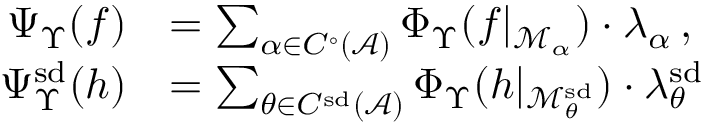
\begin{array} { r l } { \Psi _ { \Upsilon } ( f ) } & { = \sum _ { \alpha \in C ^ { \circ } ( \mathcal { A } ) } \Phi _ { \Upsilon } ( f | _ { \mathcal { M } _ { \alpha } } ) \cdot \lambda _ { \alpha } \, , } \\ { \Psi _ { \Upsilon } ^ { \smash { \mathrm { s d } } } ( h ) } & { = \sum _ { \theta \in C ^ { \smash { \mathrm { s d } } } ( \mathcal { A } ) \vphantom { ^ 0 } } \Phi _ { \Upsilon } ( h | _ { \mathcal { M } _ { \theta } ^ { \smash { \mathrm { s d } } } } ) \cdot \lambda _ { \smash { \theta } } ^ { \smash { \mathrm { s d } } } } \end{array}